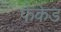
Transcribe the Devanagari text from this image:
फेकेड